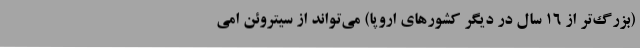
(بزرگ‌تر از 16 سال در دیگر کشورهای اروپا) می‌تواند از سیتروئن امی